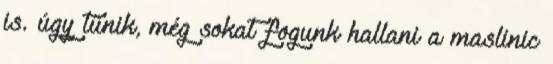
is. úgy tűnik, még sokat fogunk hallani a maslinic